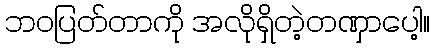
ဘဝပြတ်တာကို အလိုရှိတဲ့တဏှာပေါ့။